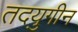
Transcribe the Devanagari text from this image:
तदयुगीन